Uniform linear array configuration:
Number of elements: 24
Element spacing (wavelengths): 1
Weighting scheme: binomial
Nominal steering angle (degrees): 0
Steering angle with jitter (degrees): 0.4692
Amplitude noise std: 0.05
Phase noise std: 0.05

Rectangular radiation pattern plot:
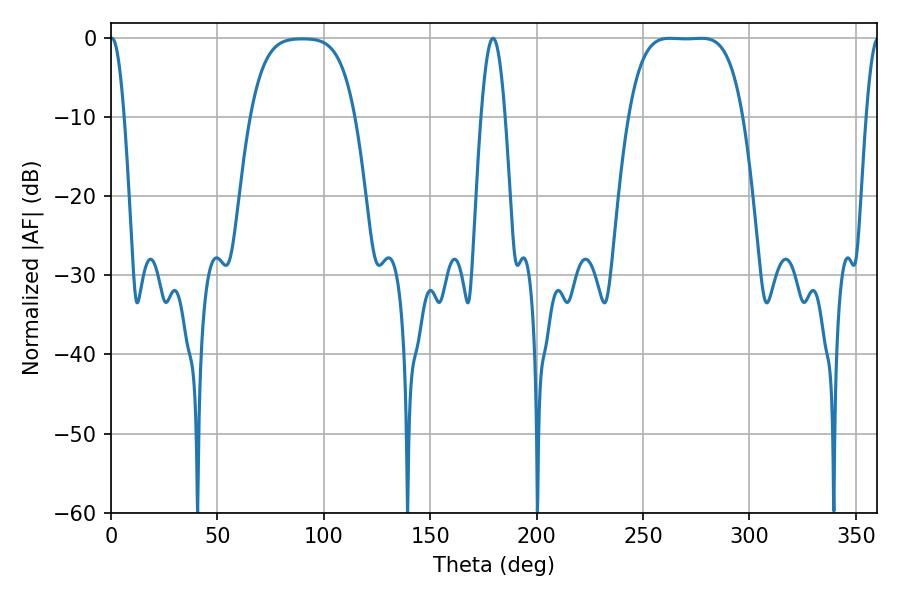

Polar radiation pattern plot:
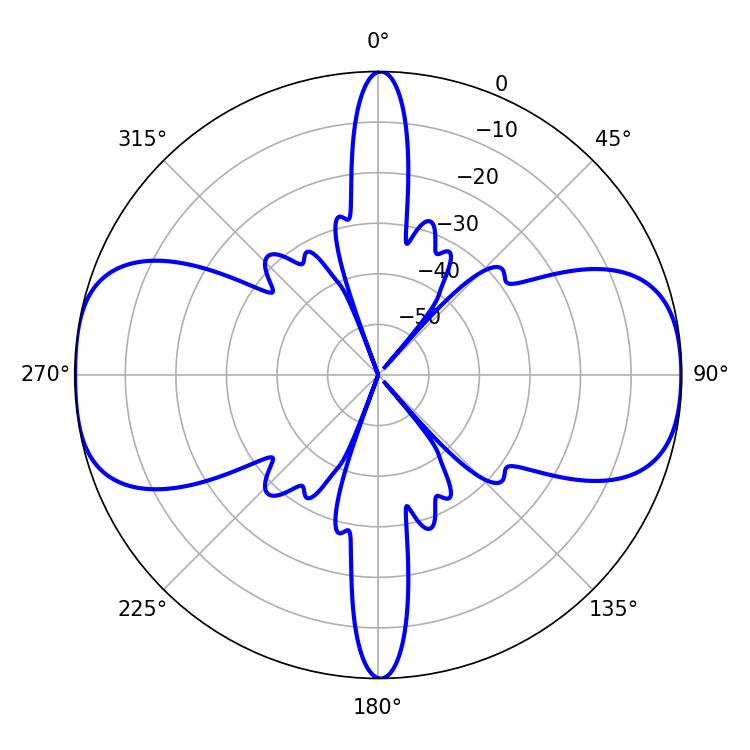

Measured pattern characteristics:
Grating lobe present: TRUE
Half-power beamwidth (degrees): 40.68
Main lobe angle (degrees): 262.62